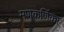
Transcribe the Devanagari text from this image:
मणकर्णिका